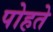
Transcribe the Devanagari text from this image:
पोहते